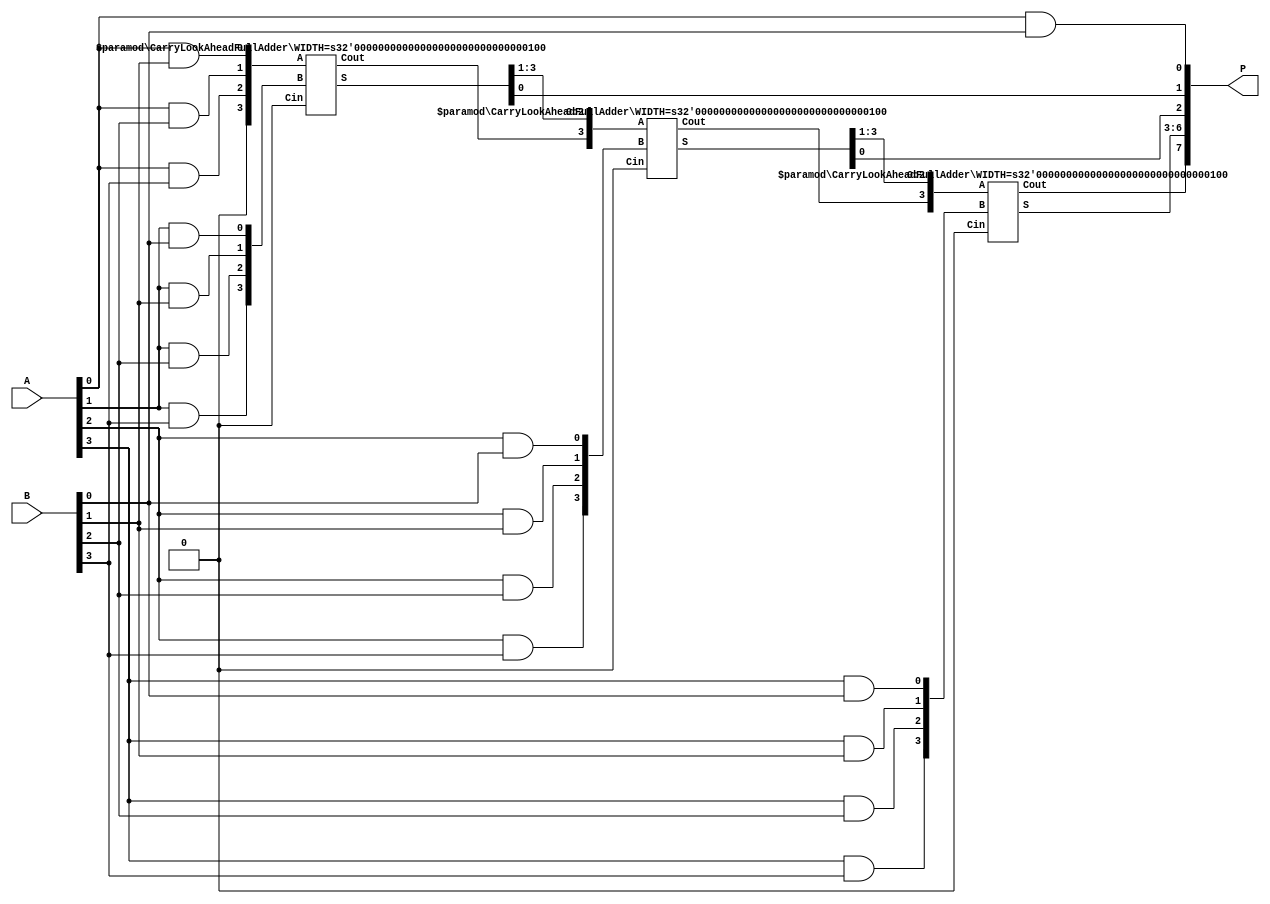
module multi_cla #(parameter n = 4)(
    input [n-1:0] A,   // Input A
    input [n-1:0] B,  
    output [2*n-1:0] P // product 	
);

    wire [n-1:0] pp [n-1:0];  // Partial products
    wire [2*n-1:0] sum [n:0];  //  sums
    wire [n-1:0] carry;        //  bits

    
    genvar i, j;
    generate
        for (i = 0; i < n; i = i + 1) begin : gen_partial_products
            for (j = 0; j < n; j = j + 1) begin
                assign pp[i][j] = A[i] & B[j]; // Multiple each bit of A with each one in B
            end
        end
    endgenerate

     // Start with zeros and then add the first row of products
    assign sum[0] = { {(n){1'b0}}, pp[0] }; 

    // Add partial product
    generate
        for (i = 1; i < n; i = i + 1) begin : add_partial_products
            wire [n:0] cla_sum; 
            wire cla_cout;      
			
            // Add current partial product to the previous sum
            CarryLookAheadFullAdder #(n) cla (
               .Cin(1'b0),                   // Cin is always 0 for pp add
               .A(sum[i-1][i+n-1:i]),       // Select the bits from sum
               .B(pp[i]),                   
               .S(cla_sum[n-1:0]),          // Sum output
               .Cout(cla_cout)              // Carry out
            );

            // Combine with previous sums
            assign sum[i] = {cla_cout, cla_sum[n-1:0], sum[i-1][i-1:0]};
        end
    endgenerate
	
    assign P = sum[n-1];
endmodule

module CarryLookAheadFullAdder #(parameter WIDTH = 4) (
    input Cin,                     // Carry in
    input [WIDTH-1:0] A,          
    input [WIDTH-1:0] B,          
    output [WIDTH-1:0] S,         // Sum output
    output Cout                    // Carry out
);
    wire [WIDTH-1:0] G, P;        // Generate and propagate 
    wire [WIDTH:0] C;             // Carry array

    // Generate and propagate
    genvar i;
    generate
        for (i = 0; i < WIDTH; i = i + 1) begin : gen_propagate
            and #5(G[i], A[i], B[i]);   // Generate 																	 /sg
            xor #9(P[i], A[i], B[i]);   // Propagate 
        end
    endgenerate
    
    // Initial carry
    assign C[0] = Cin;
    
    // Calc carry
    generate
        for (i = 0; i < WIDTH; i = i + 1) begin : gen_carries
            and #(5) and_gate (C[i], G[i], P[i], C[i]); // Calculate carry for this bit
            or #(5) or_gate (C[i+1], G[i], C[i]);      // Propagate carry to next bit
        end			
    endgenerate

    // Calculate sum
    generate
        for (i = 0; i < WIDTH; i = i + 1) begin : gen_sum
            xor #9(S[i], P[i], C[i]);   // Calculate sum
        end
    endgenerate

    // Carry out
    assign Cout = C[WIDTH];   // Assign carry out
endmodule